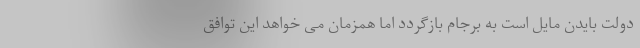
دولت بایدن مایل است به برجام بازگردد اما همزمان می خواهد این توافق